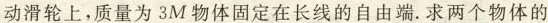
动滑轮上，质量为3M物体固定在长线的自由端. 求两个物体的